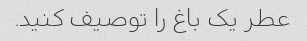
عطر یک باغ را توصیف کنید.